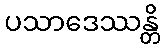
ပသာဒေဿန္တိ